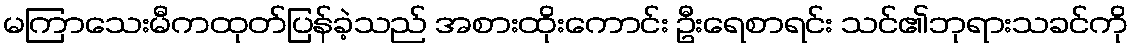
မကြာသေးမီကထုတ်ပြန်ခဲ့သည် အစားထိုးကောင်း ဦးရေစာရင်း သင်၏ဘုရားသခင်ကို